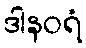
ဒါနဝရံ